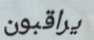
يراقبون